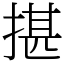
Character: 揕